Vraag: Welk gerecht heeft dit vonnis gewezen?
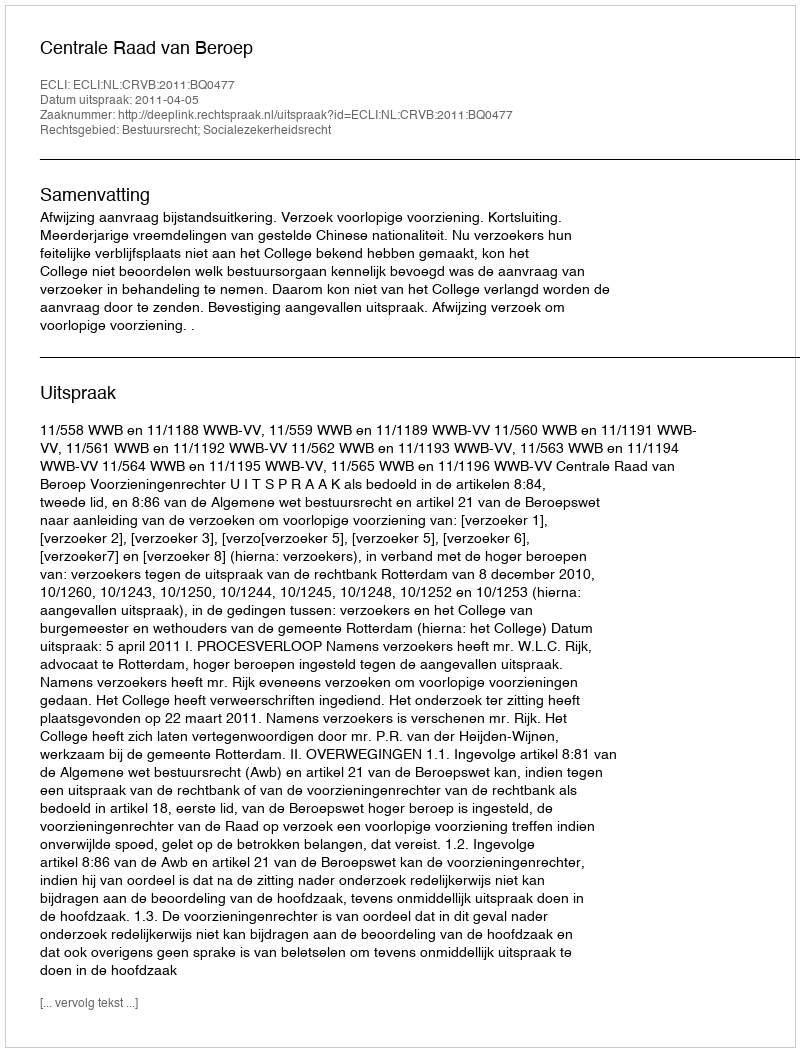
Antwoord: Centrale Raad van Beroep